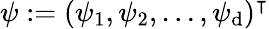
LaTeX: \psi:=(\psi_{1},\psi_{2},\ldots,\psi_{\mathrm{d}})^{\intercal}